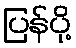
ပြန်ပို့